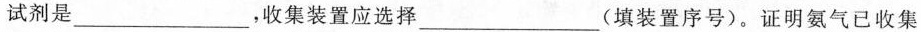
试剂是___，收集装置应选择___(填装置序号)。证明氨气已收集